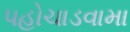
પહોચાડવામા